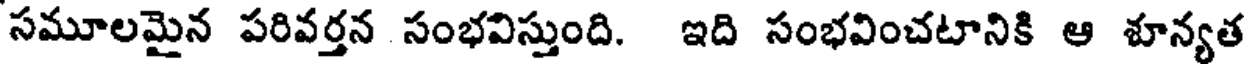
సమూలమైన పరివర్తన సంభవిస్తుంది. ఇది సంభవించటానికి ఆ శూన్యత